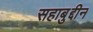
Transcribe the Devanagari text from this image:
सहाबुद्दीन